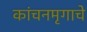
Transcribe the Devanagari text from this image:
कांचनमृगाचे